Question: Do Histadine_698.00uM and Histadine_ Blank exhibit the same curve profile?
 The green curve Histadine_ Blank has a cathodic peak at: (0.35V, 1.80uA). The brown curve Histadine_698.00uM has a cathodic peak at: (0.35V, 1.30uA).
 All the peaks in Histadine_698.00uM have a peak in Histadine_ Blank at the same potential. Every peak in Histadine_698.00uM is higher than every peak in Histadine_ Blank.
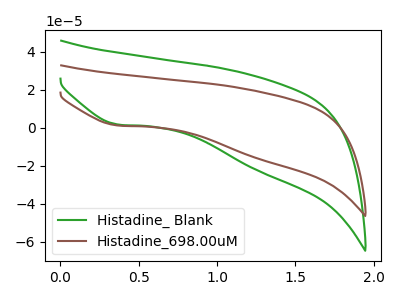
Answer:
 <answer>"Histadine_698.00uM" and "Histadine_ Blank" are similar in shape.</answer>
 <eval>same_shape</eval>